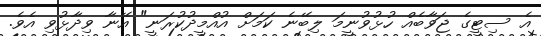
އެ ސިޓީގެ ޖަވާބެއް ހުޅުވުނީމަ ލިބޭނެ ކަމަށް އުއްމީދުކުރަނީ" އޭނާ ވިދާޅުވި އެވެ.